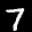
Label: 7